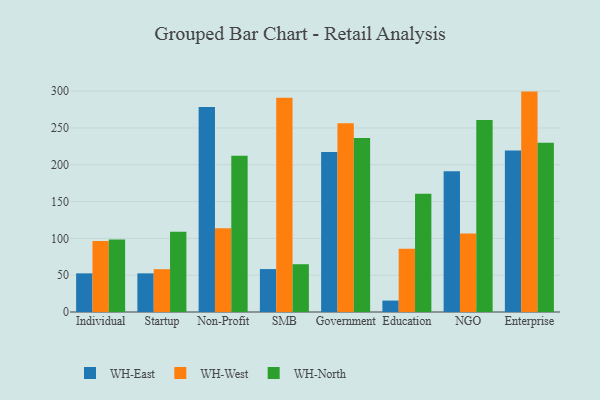
{"axis": {"x": "Segment", "y": "Bounce Rate (%)"}, "legend": ["WH-East", "WH-North", "WH-West"], "data": [{"x": "Individual", "y": 52.5, "type": "WH-East"}, {"x": "Individual", "y": 96.3, "type": "WH-West"}, {"x": "Individual", "y": 98.4, "type": "WH-North"}, {"x": "Startup", "y": 52.5, "type": "WH-East"}, {"x": "Startup", "y": 58.1, "type": "WH-West"}, {"x": "Startup", "y": 109.1, "type": "WH-North"}, {"x": "Non-Profit", "y": 278.6, "type": "WH-East"}, {"x": "Non-Profit", "y": 113.7, "type": "WH-West"}, {"x": "Non-Profit", "y": 212.1, "type": "WH-North"}, {"x": "SMB", "y": 58.3, "type": "WH-East"}, {"x": "SMB", "y": 291.2, "type": "WH-West"}, {"x": "SMB", "y": 64.9, "type": "WH-North"}, {"x": "Government", "y": 217.3, "type": "WH-East"}, {"x": "Government", "y": 256.3, "type": "WH-West"}, {"x": "Government", "y": 236.4, "type": "WH-North"}, {"x": "Education", "y": 15.5, "type": "WH-East"}, {"x": "Education", "y": 85.8, "type": "WH-West"}, {"x": "Education", "y": 160.6, "type": "WH-North"}, {"x": "NGO", "y": 191.1, "type": "WH-East"}, {"x": "NGO", "y": 106.5, "type": "WH-West"}, {"x": "NGO", "y": 260.9, "type": "WH-North"}, {"x": "Enterprise", "y": 219.4, "type": "WH-East"}, {"x": "Enterprise", "y": 299.4, "type": "WH-West"}, {"x": "Enterprise", "y": 229.8, "type": "WH-North"}]}